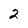
Character: 2